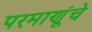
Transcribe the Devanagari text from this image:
परमाणूंचे